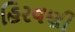
હિરવણી